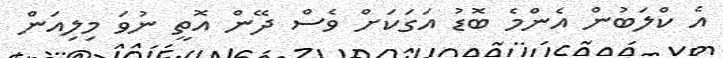
އެ ކްލަބުން އެންމެ ބޮޑު އަގަކަށް ވެސް ދޭން އޮތީ ނުވަ މިލިއަން